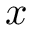
x